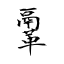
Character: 鞷